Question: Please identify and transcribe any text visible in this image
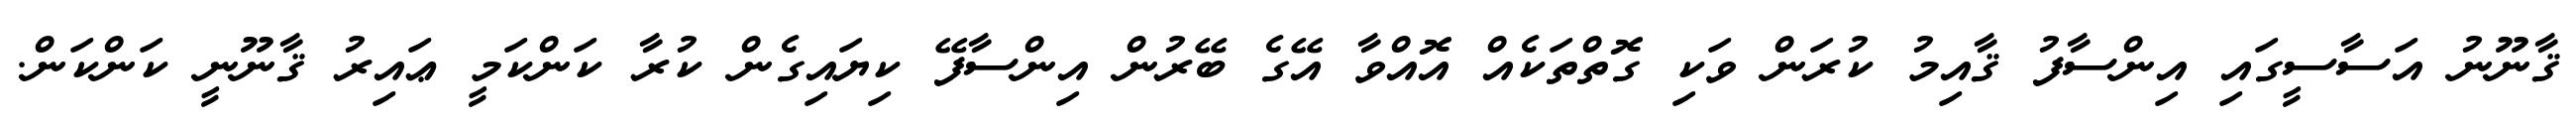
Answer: ޤާނޫނު އަސާސީގައި އިންސާފު ޤާއިމު ކުރަން ވަކި ގޮތްތަކެއް އޮއްވާ އޭގެ ބޭރުން އިންސާފޭ ކިޔައިގެން ކުރާ ކަންކަމީ ޢައިރު ޤާނޫނީ ކަންކަން.